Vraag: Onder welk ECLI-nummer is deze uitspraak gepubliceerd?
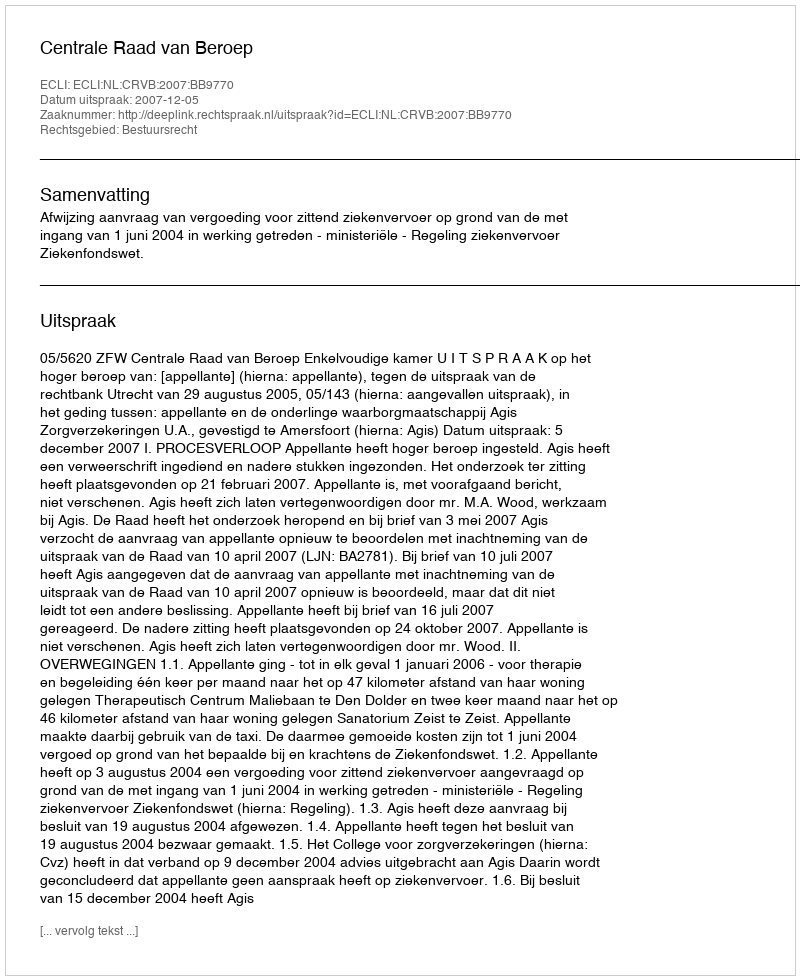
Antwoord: ECLI:NL:CRVB:2007:BB9770